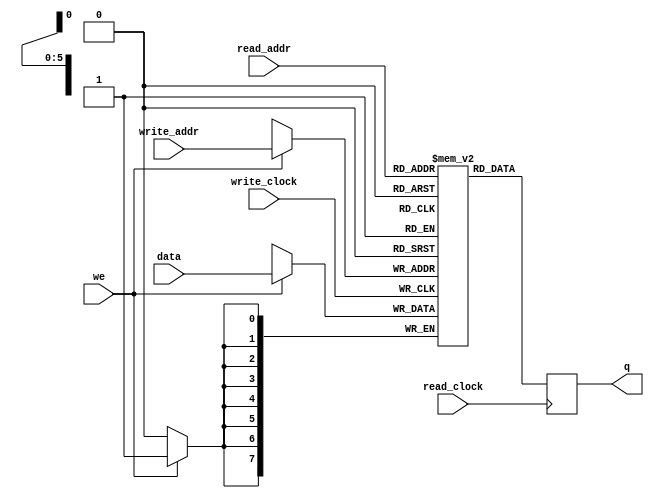
/**************************************************
P1.1 DUAL PORT RAM
************************************************/
module sram(q, data, read_addr, write_addr, we, read_clock, write_clock);
	input [7:0] data;
	input [5:0] read_addr, write_addr;
	input we, read_clock, write_clock;
	output reg [7:0] q;

	reg [7:0] sram[63:0];
	
	always @ (posedge write_clock)
	begin
	
		if (we)
			sram[write_addr] <= data;
	end
	
	always @ (posedge read_clock)
	begin
	
		q <= sram[read_addr];
	end
endmodule